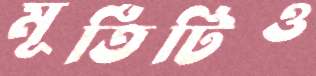
মূর্তিটিও